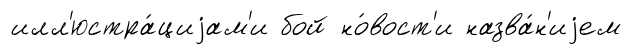
илл'юстра́циjам'и бой но́вост'и назва́н'иjем